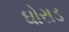
ઘોરાડ